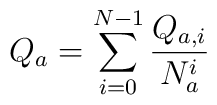
Q_a= \sum_{i=0}^{N-1} \frac{Q_{a,i}}{N_a^i}